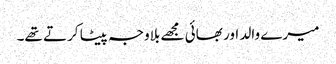
میرے والد اور بھائی مجھے بلاوجہ پیٹا کرتے تھے۔